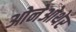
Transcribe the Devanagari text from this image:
ओनेओथेर